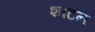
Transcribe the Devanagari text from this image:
शाटन